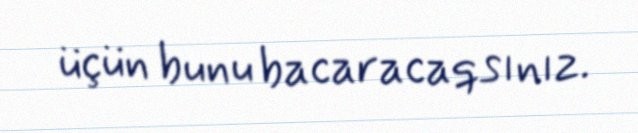
üçün bunu bacaracaqsınız.